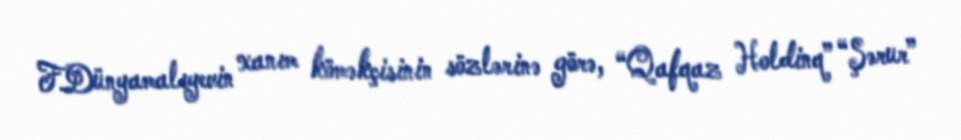
F.Dünyamalıyevin xanım köməkçisinin sözlərinə görə, “Qafqaz Holdinq” “Şərur”